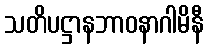
သတိပဋ္ဌာနဘာဝနာဂါမိနီ